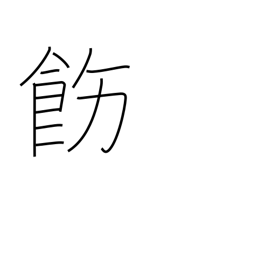
Meaning: rectify